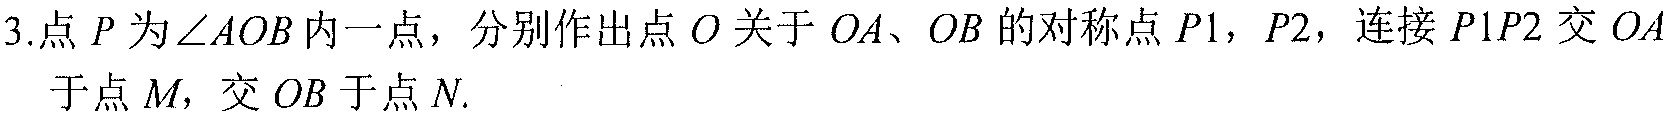
3.点\(P\)为\(\angle AOB\)内一点，分别作出点\(P\)关于\(OA\)、\(OB\)的对称点\(P1\)，\(P2\)，连接\(P1P2\)交\(OA\)于点\(M\)，交\(OB\)于点\(N\).